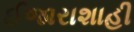
ઈજારાશાહી